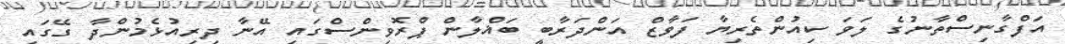
އަފްގާނިސްތާނުގެ ލަވަ ކިއުންތެރިޔާ ފަވާޒް އަންދަރާބީ ބަޣްލާން ޕްރޮވިންސްގައި އޭނާ ދިރިއުޅެމުންދާ ގޭގައި